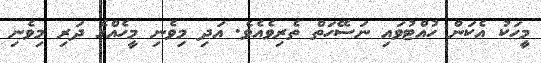
މީހަކު އެކަން ހުއްޓުވައި ނަސޭހަތް ތެރިވެއެވެ. އަދި މިވެނި މީހެއްގެ ދަރި މިވެނި